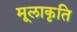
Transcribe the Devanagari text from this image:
मूलाकृति